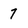
Character: 7